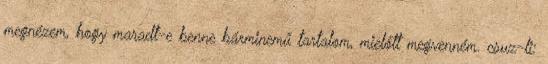
megnézem, hogy maradt-e benne bárminemű tartalom, mielőtt megvenném. csuz-li: